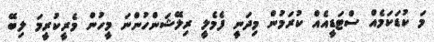
މަ ކުޑަކަމެއް ސްޓަޑީއެއް ކުރަމުން މިދަނީ ފެމެލީ ރިލޭޝަންހުންނަ މީހުން މެރީކުރީމަ ލިބޭ